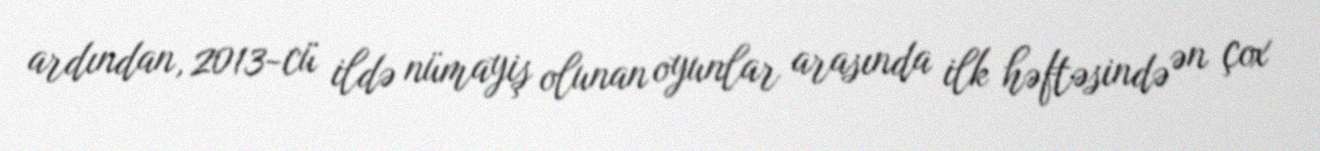
ardından, 2013-cü ildə nümayiş olunan oyunlar arasında ilk həftəsində ən çox